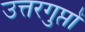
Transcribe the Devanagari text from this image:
उत्तरगुप्तों